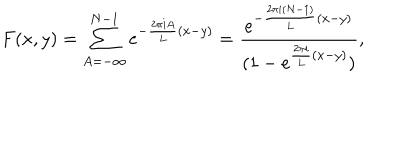
F ( x , y ) = \sum _ { A = - \infty } ^ { N - 1 } e ^ { - { \frac { 2 \pi i A } { L } } ( x - y ) } = { \frac { e ^ { - { \frac { 2 \pi i ( N - 1 ) } { L } } ( x - y ) } } { ( 1 - e ^ { { \frac { 2 \pi i } { L } } ( x - y ) } ) } } ,